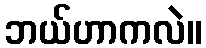
ဘယ်ဟာကလဲ။